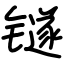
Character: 𬭼